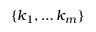
\{ k _ { 1 } , \dots k _ { m } \}